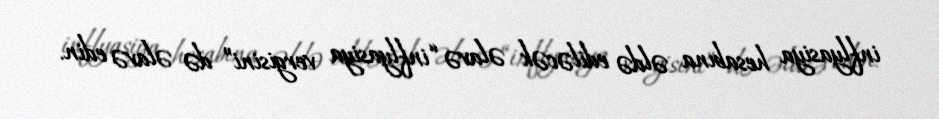
inflyasiya hesabına əldə ediləcək əlavə “inflyasiya vergisini” də əlavə edin.